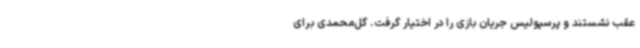
عقب نشستند و پرسپولیس جریان بازی را در اختیار گرفت. گل‌محمدی برای